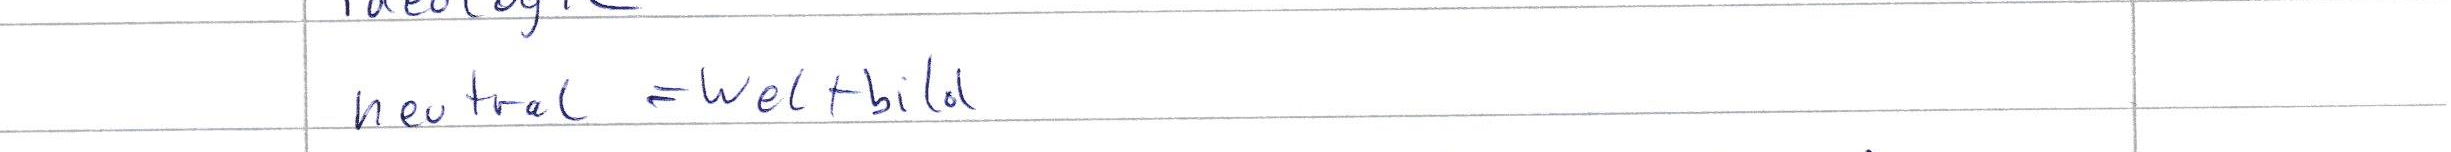
neutral = Weltbild